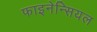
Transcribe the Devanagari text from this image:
फाइनेन्सियल